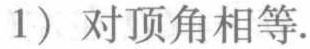
(1) 对顶角相等.